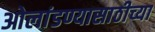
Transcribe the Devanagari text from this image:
ओलांडण्यासाठीच्या